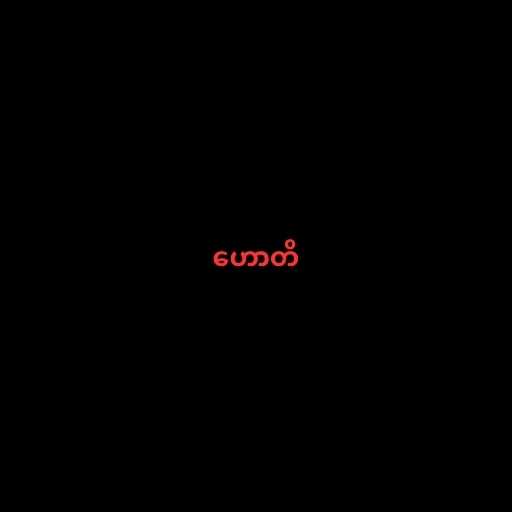
ဟောတိ